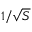
1 / { \sqrt { S } }